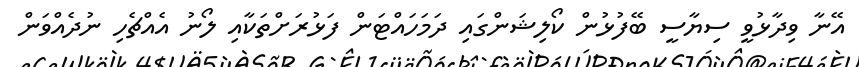
އޭނާ ވިދާޅުވީ ސިޔާސީ ބޭފުޅުން ކޯލިޝަންގައި ދަމަހައްޓަން ފަޅުރަށްތަކާއި ލޯނު އެއްޗެހި ނުދެއްވަން